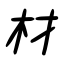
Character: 材